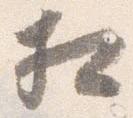
相